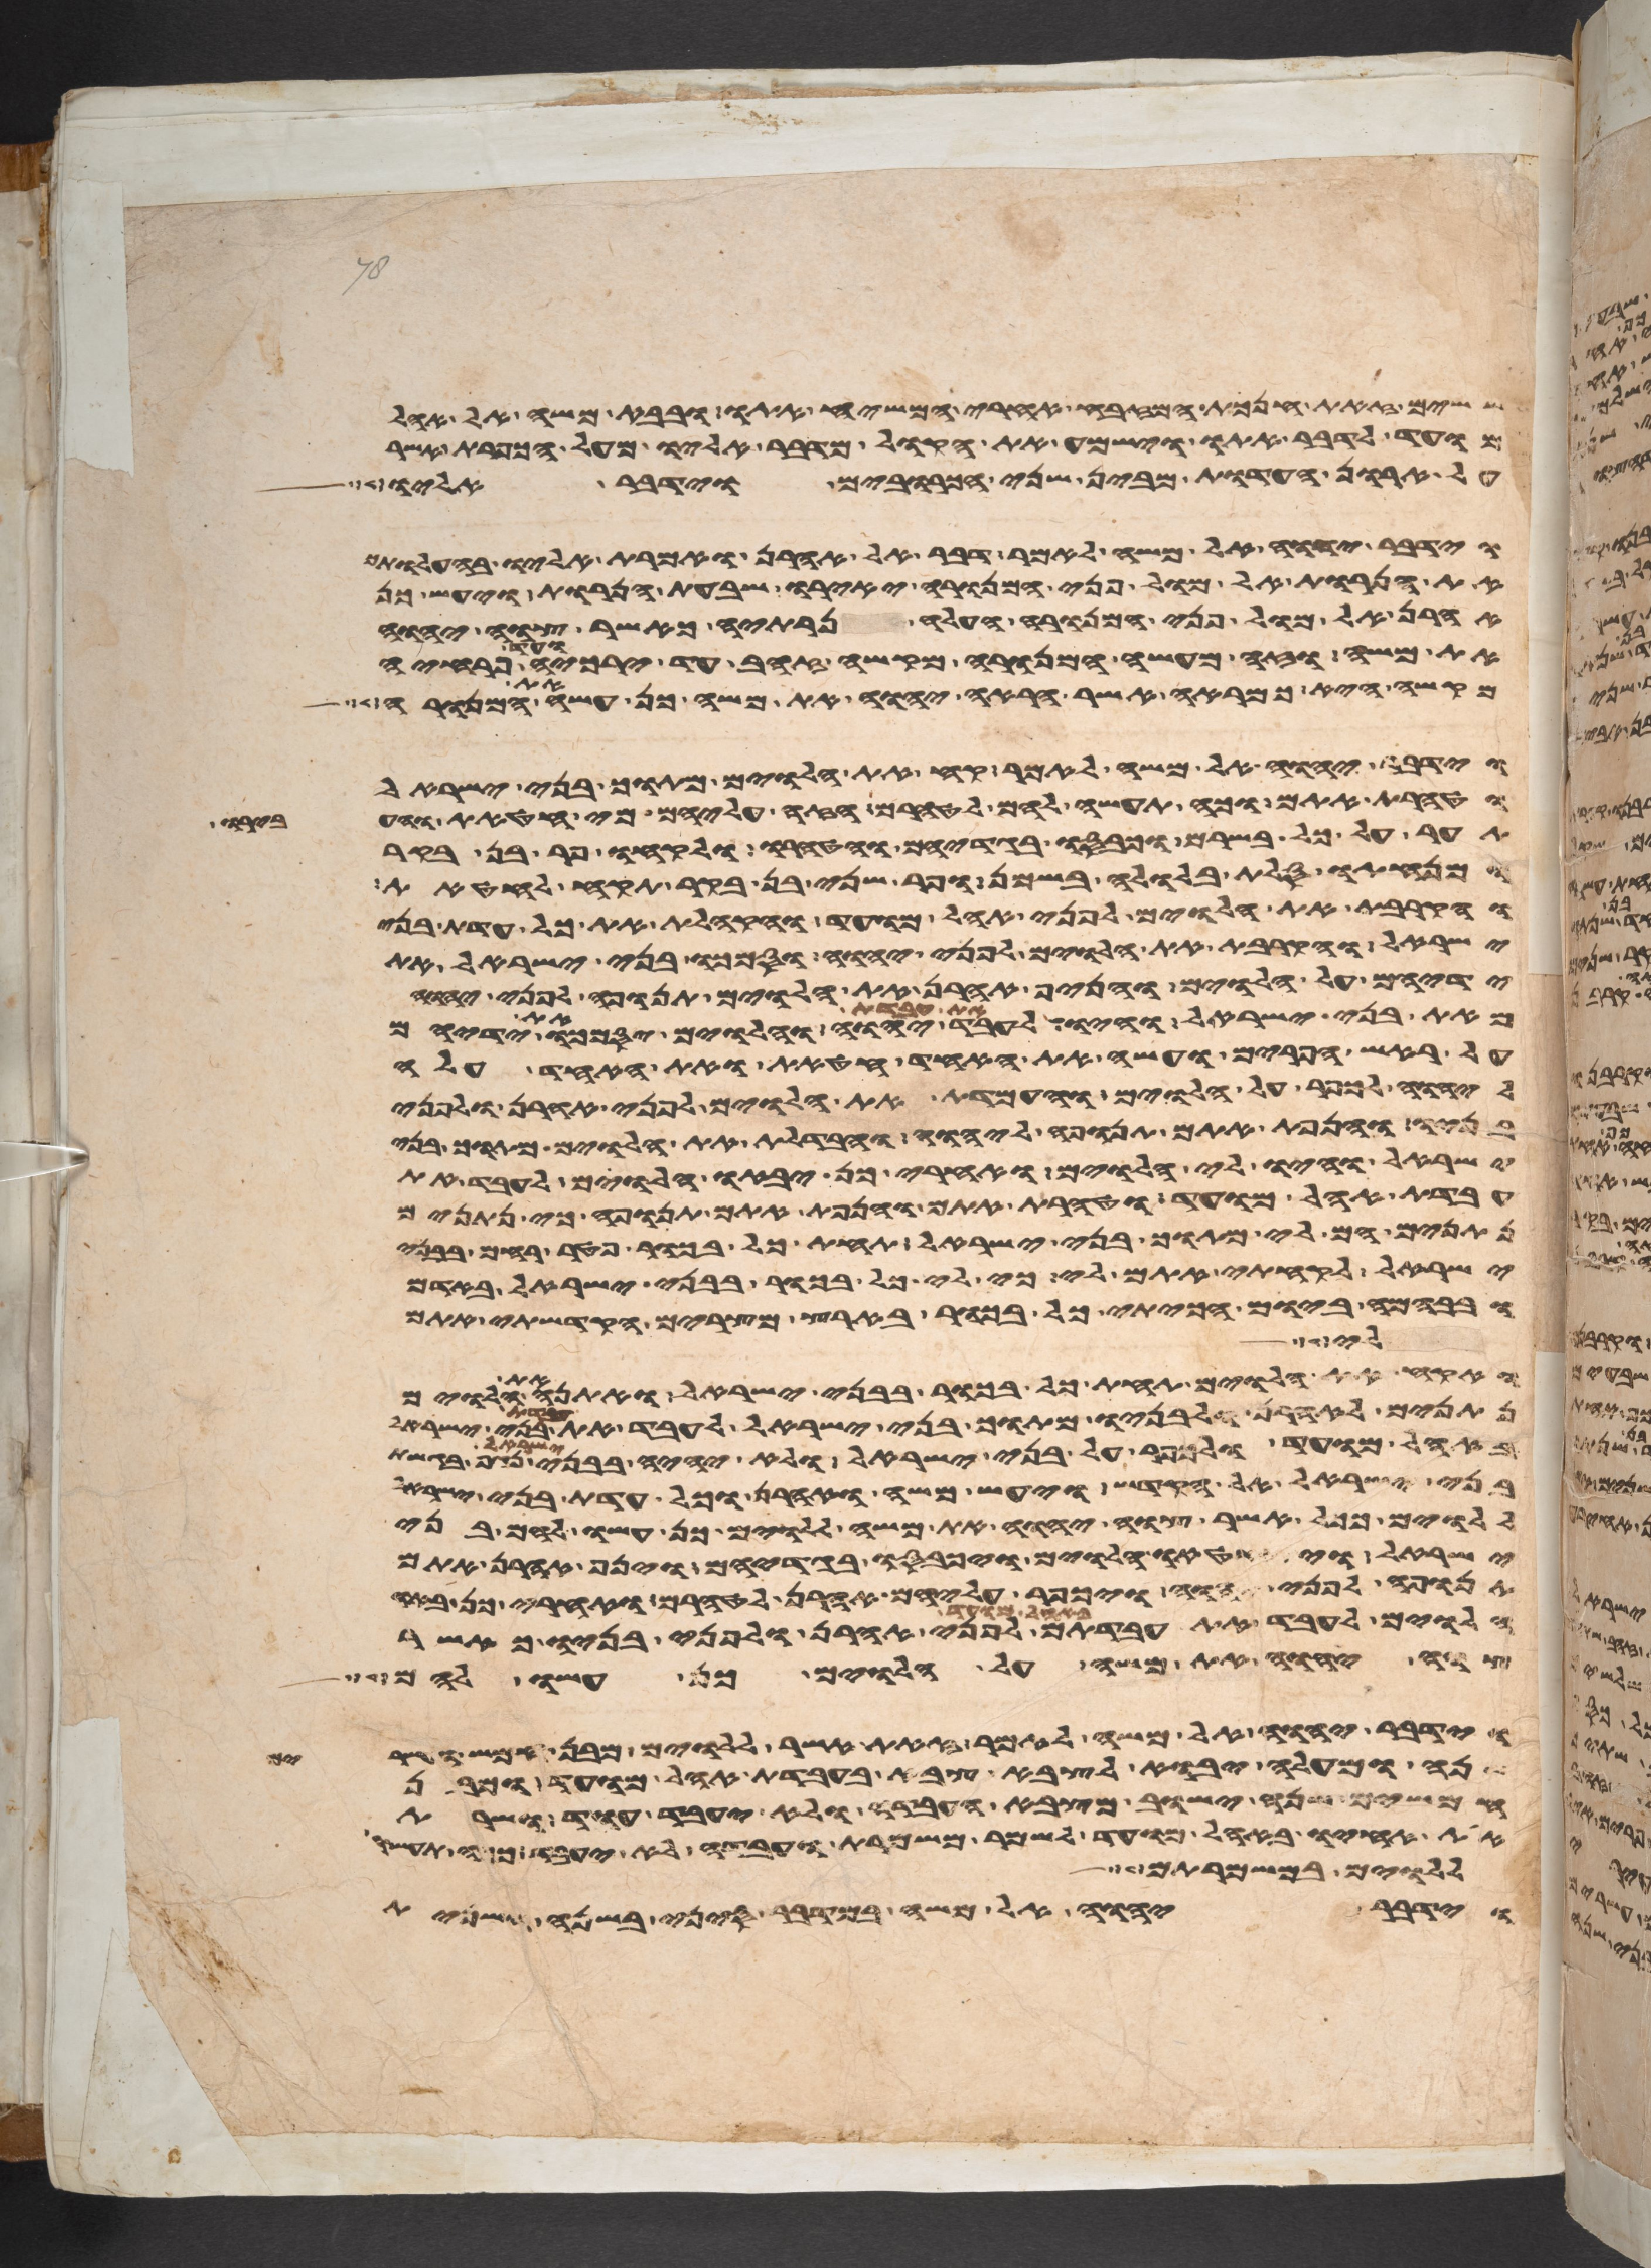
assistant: ששים זאת חנכת המזבח אחרי המשח אתו ובבא משה אל אהל
מועד לדבר אתו וישמע את הקול מדבר אליו מעל הכפרת אשר
על ארון העדות מבין שני הכרובים וידבר אליו
וידבר יהוה אל משה לאמר דבר אל אהרן ואמרת אליו בהעלותך
את הנרות אל מול פני המנורה יאירו שבעת הנרות ויעש כן
אהרן אל מול פני המנורה העלה נרתיה כאשר צוה יהוה
את משה וזה מעשה המנורה מקשה זהב עד ירכיה ועד פרחיה
מקשה היא כמראה אשר הראה יהוה את משה כן עשה את המנורה
וידבר יהוה אל משה לאמר קח את הלוים מתוך בני ישראל
וטהרת אתם וכה תעשה להם לטהרם הזי עליהם מי חטאת והעבירו
תער על כל בשרם וכבסו בגדיהם והטהרו ולקחו פר בן בקר
ומנחתו סלת בלולה בשמן ופר שני בן בקר תקח לחטאת
והקרבת את הלוים לפני אהל מועד והקהלת את כל עדת בני
ישראל והקרבת את הלוים לפני יהוה וסמכו בני ישראל את
ידיהם על הלוים והניף אהרן את הלוים תנופה לפני יהוה
מאת בני ישראל והיו לעבד את עבדת יהוה והלוים יסמכו את ידיהם
על ראש הפרים ועשה את האחד חטאת ואת האחד עלה
ליהוה לכפר על הלוים והעמדת את הלוים לפני אהרן ולפני
בניו והנפת אתם תנופה ליהוה והבדלת את הלוים מתוך בני
ישראל והיו לי הלוים ואחרי כן יבאו הלוים לעבד את
עבדת אהל מועד וטהרת אתם והנפת אתם תנופה כי נתנים
נתנים הם לי מתוך בני ישראל תחת כל בכור פטר רחם בבני
ישראל לקחתי אתם לי כי לי כל בכור בבני ישראל באדם
ובבהמה ביום הכיתי כל בכור בארץ מצרים הקדשתי אתם
לי
ואקח את הלוים תחת כל בכור בבני ישראל ואתנה את הלוים
נתנים לאהרן ולבניו מתוך בני ישראל לעבד את עבדת בני ישראל
באהל מועד ולכפר על בני ישראל ולא יהיה בבני ישראל נגף בגשת
בני ישראל אל הקדש ויעש משה ואהרן וכל עדת בני ישראל
ללוים ככל אשר צוה יהוה את משה ללוים כן עשו להם בני
ישראל ויתחטאו הלוים ויכבסו בגדיהם וינף אהרן אתם
תנופה לפני יהוה ויכפר עליהם אהרן לטהרם ואחרי כן באו
הלוים לעבד את עבדתם באהל מועד לפני אהרן ולפני בניו כאשר
צוה יהוה את משה על הלוים כן עשו להם
וידבר יהוה אל משה לאמר זאת אשר ללוים מבן חמש ועשרים
שנה ומעלה יבוא לצבא צבא בעבדת אהל מועד ומבן
חמשים שנה ישוב מצבא העבדה ולא יעבד עוד ושרת
את אחיו באהל מועד לשמר משמרת ועבדה לא יעבד ככה תעשו
ללוים במשמרתם
וידבר יהוה אל משה במדבר סיני בשנה השנית